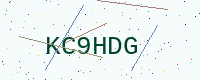
Text: KC9HDG